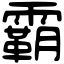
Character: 霸